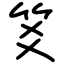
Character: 笅